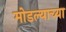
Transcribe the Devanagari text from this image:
मोडल्याच्या